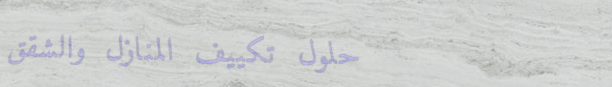
حلول تكييف المنازل والشقق